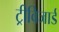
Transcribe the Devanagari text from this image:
ट्रीविजार्ड